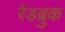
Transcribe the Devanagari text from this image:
रेडब्रुक